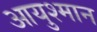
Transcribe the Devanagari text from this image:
आयुश्मान